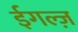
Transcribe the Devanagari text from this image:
ईगल्ज़